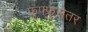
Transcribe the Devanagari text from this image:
फुफ्फुसेतर